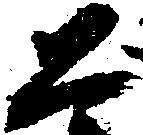
恐